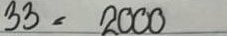
33 = 2000